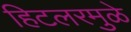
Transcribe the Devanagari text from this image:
हिटलरमुळे